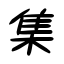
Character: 集